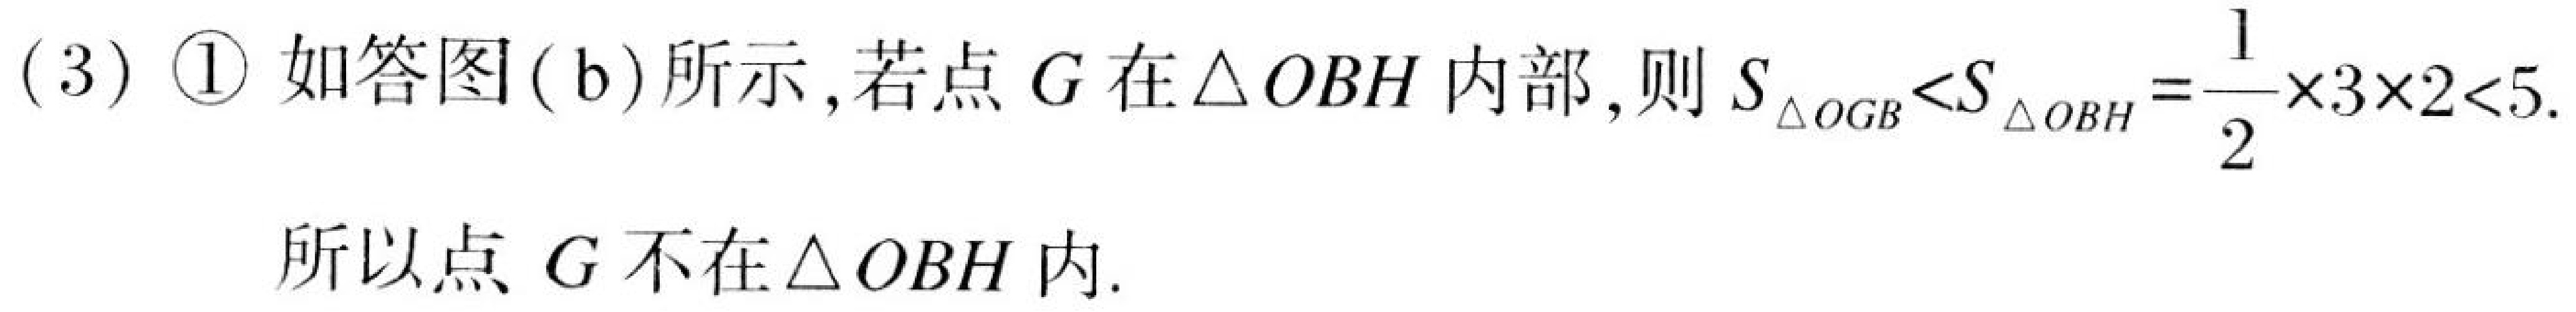
(3) \textcircled{1} 如答图(b)所示，若点\(G\)在\(\triangle OBH\)内部，则\(S_{\triangle OGB}<S_{\triangle OBH}=\frac{1}{2}\times3\times2 < 5\).
所以点\(G\)不在\(\triangle OBH\)内.